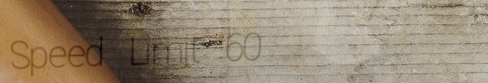
Speed Limit 60